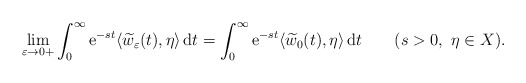
\begin{align*}\displaystyle\lim_{\varepsilon \to 0+}\int_0^\infty {\rm e}^{-s t}\langle \widetilde w_\varepsilon(t),\eta\rangle \, {\rm d}t = \int_0^\infty {\rm e}^{-s t}\langle \widetilde w_0(t),\eta\rangle \, {\rm d}t \qquad(s>0,\ \eta\in X).\end{align*}